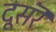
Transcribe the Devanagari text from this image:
दूसरॆ